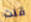
قلت